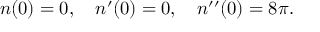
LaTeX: n ( 0 ) = 0 , \quad n ^ { \prime } ( 0 ) = 0 , \quad n ^ { \prime \prime } ( 0 ) = 8 \pi .